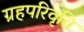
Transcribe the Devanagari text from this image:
ग्रहपरिवृत्ति